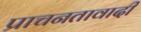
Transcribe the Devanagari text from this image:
प्राचनतावादी